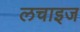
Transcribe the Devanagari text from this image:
लचाइज